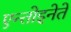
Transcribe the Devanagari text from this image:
एन्तोइनेते